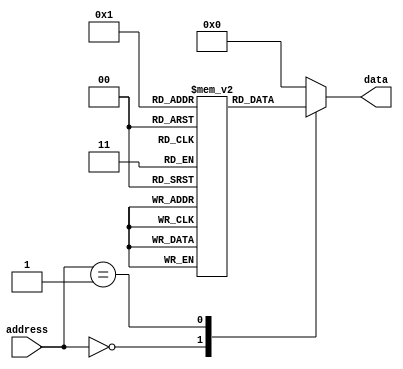
module fuse_ROM(
    input wire [7:0] address,
    output reg [7:0] data
);

reg [7:0] memory [0:255];

initial begin
    // Initialize memory with desired data values
    memory[0] = 8'b00110001;
    memory[1] = 8'b01010101;
    // Add more initialization values as needed
end

always @(*) begin
    case(address)
        8'b00000000: data = memory[0];
        8'b00000001: data = memory[1];
        // Add more cases for other addresses and corresponding data values
        default: data = 8'b00000000; // Default value if address not found
    endcase
end

endmodule